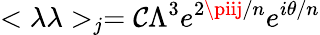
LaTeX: <\lambda\lambda>_{j}=\mathcal{C}\Lambda^{3}e^{2\piij/n}e^{i\theta/n}